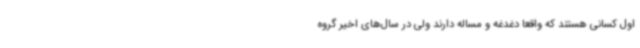
اول کسانی هستند که واقعا دغدغه و مساله دارند ولی در سال‌های اخیر گروه